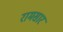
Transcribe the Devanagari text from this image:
रामसार